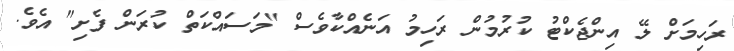
ރަހިމަށް ލޭ އިންޖެކްޓު ކުރުމުން ރަހިމު އަނެއްކާވެސް "މަސައްކަތް ކުރަން ފެށި" އެވެ.